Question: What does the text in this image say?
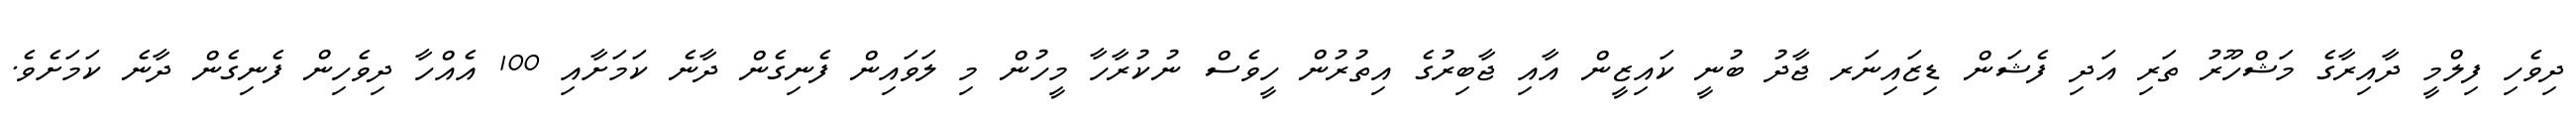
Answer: ދިވެހި ފިލްމީ ދާއިރާގެ މަޝްހޫރު ތަރި އަދި ފެޝަން ޑިޒައިނަރ ޖާދު ބުނީ ކައިޒީން އާއި ޖާބިރުގެ އިތުރުން ހީވެސް ނުކުރާހާ މީހުން މި ލަވައިން ފެނިގެން ދާނެ ކަމަށާއި 100 އެއްހާ ދިވެހިން ފެނިގެން ދާނެ ކަމަށެވެ.